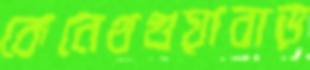
কেনেথগুয়াবাড়